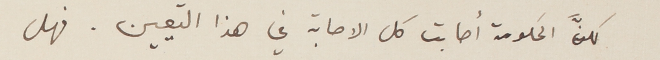
لكنَّ الحكومة أصابت كل الاصابة في هذا التعيين. فهل